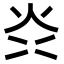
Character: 𭴑